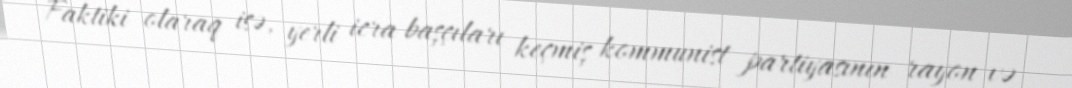
Faktiki olaraq isə, yerli icra başçıları keçmiş kommunist partiyasının rayon və